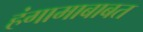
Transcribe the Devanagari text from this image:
हंगामाबाबत